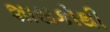
શાસકોથી